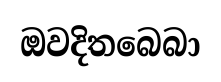
ඔවදිතබෙබා